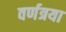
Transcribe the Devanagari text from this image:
वर्णत्रया